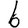
Digit: 6